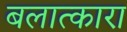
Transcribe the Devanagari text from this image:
बलात्कारा